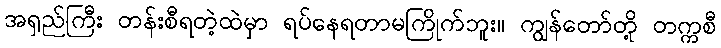
အရှည်ကြီး တန်းစီရတဲ့ထဲမှာ ရပ်နေရတာမကြိုက်ဘူး။ ကျွန်တော်တို့ တက္ကစီ